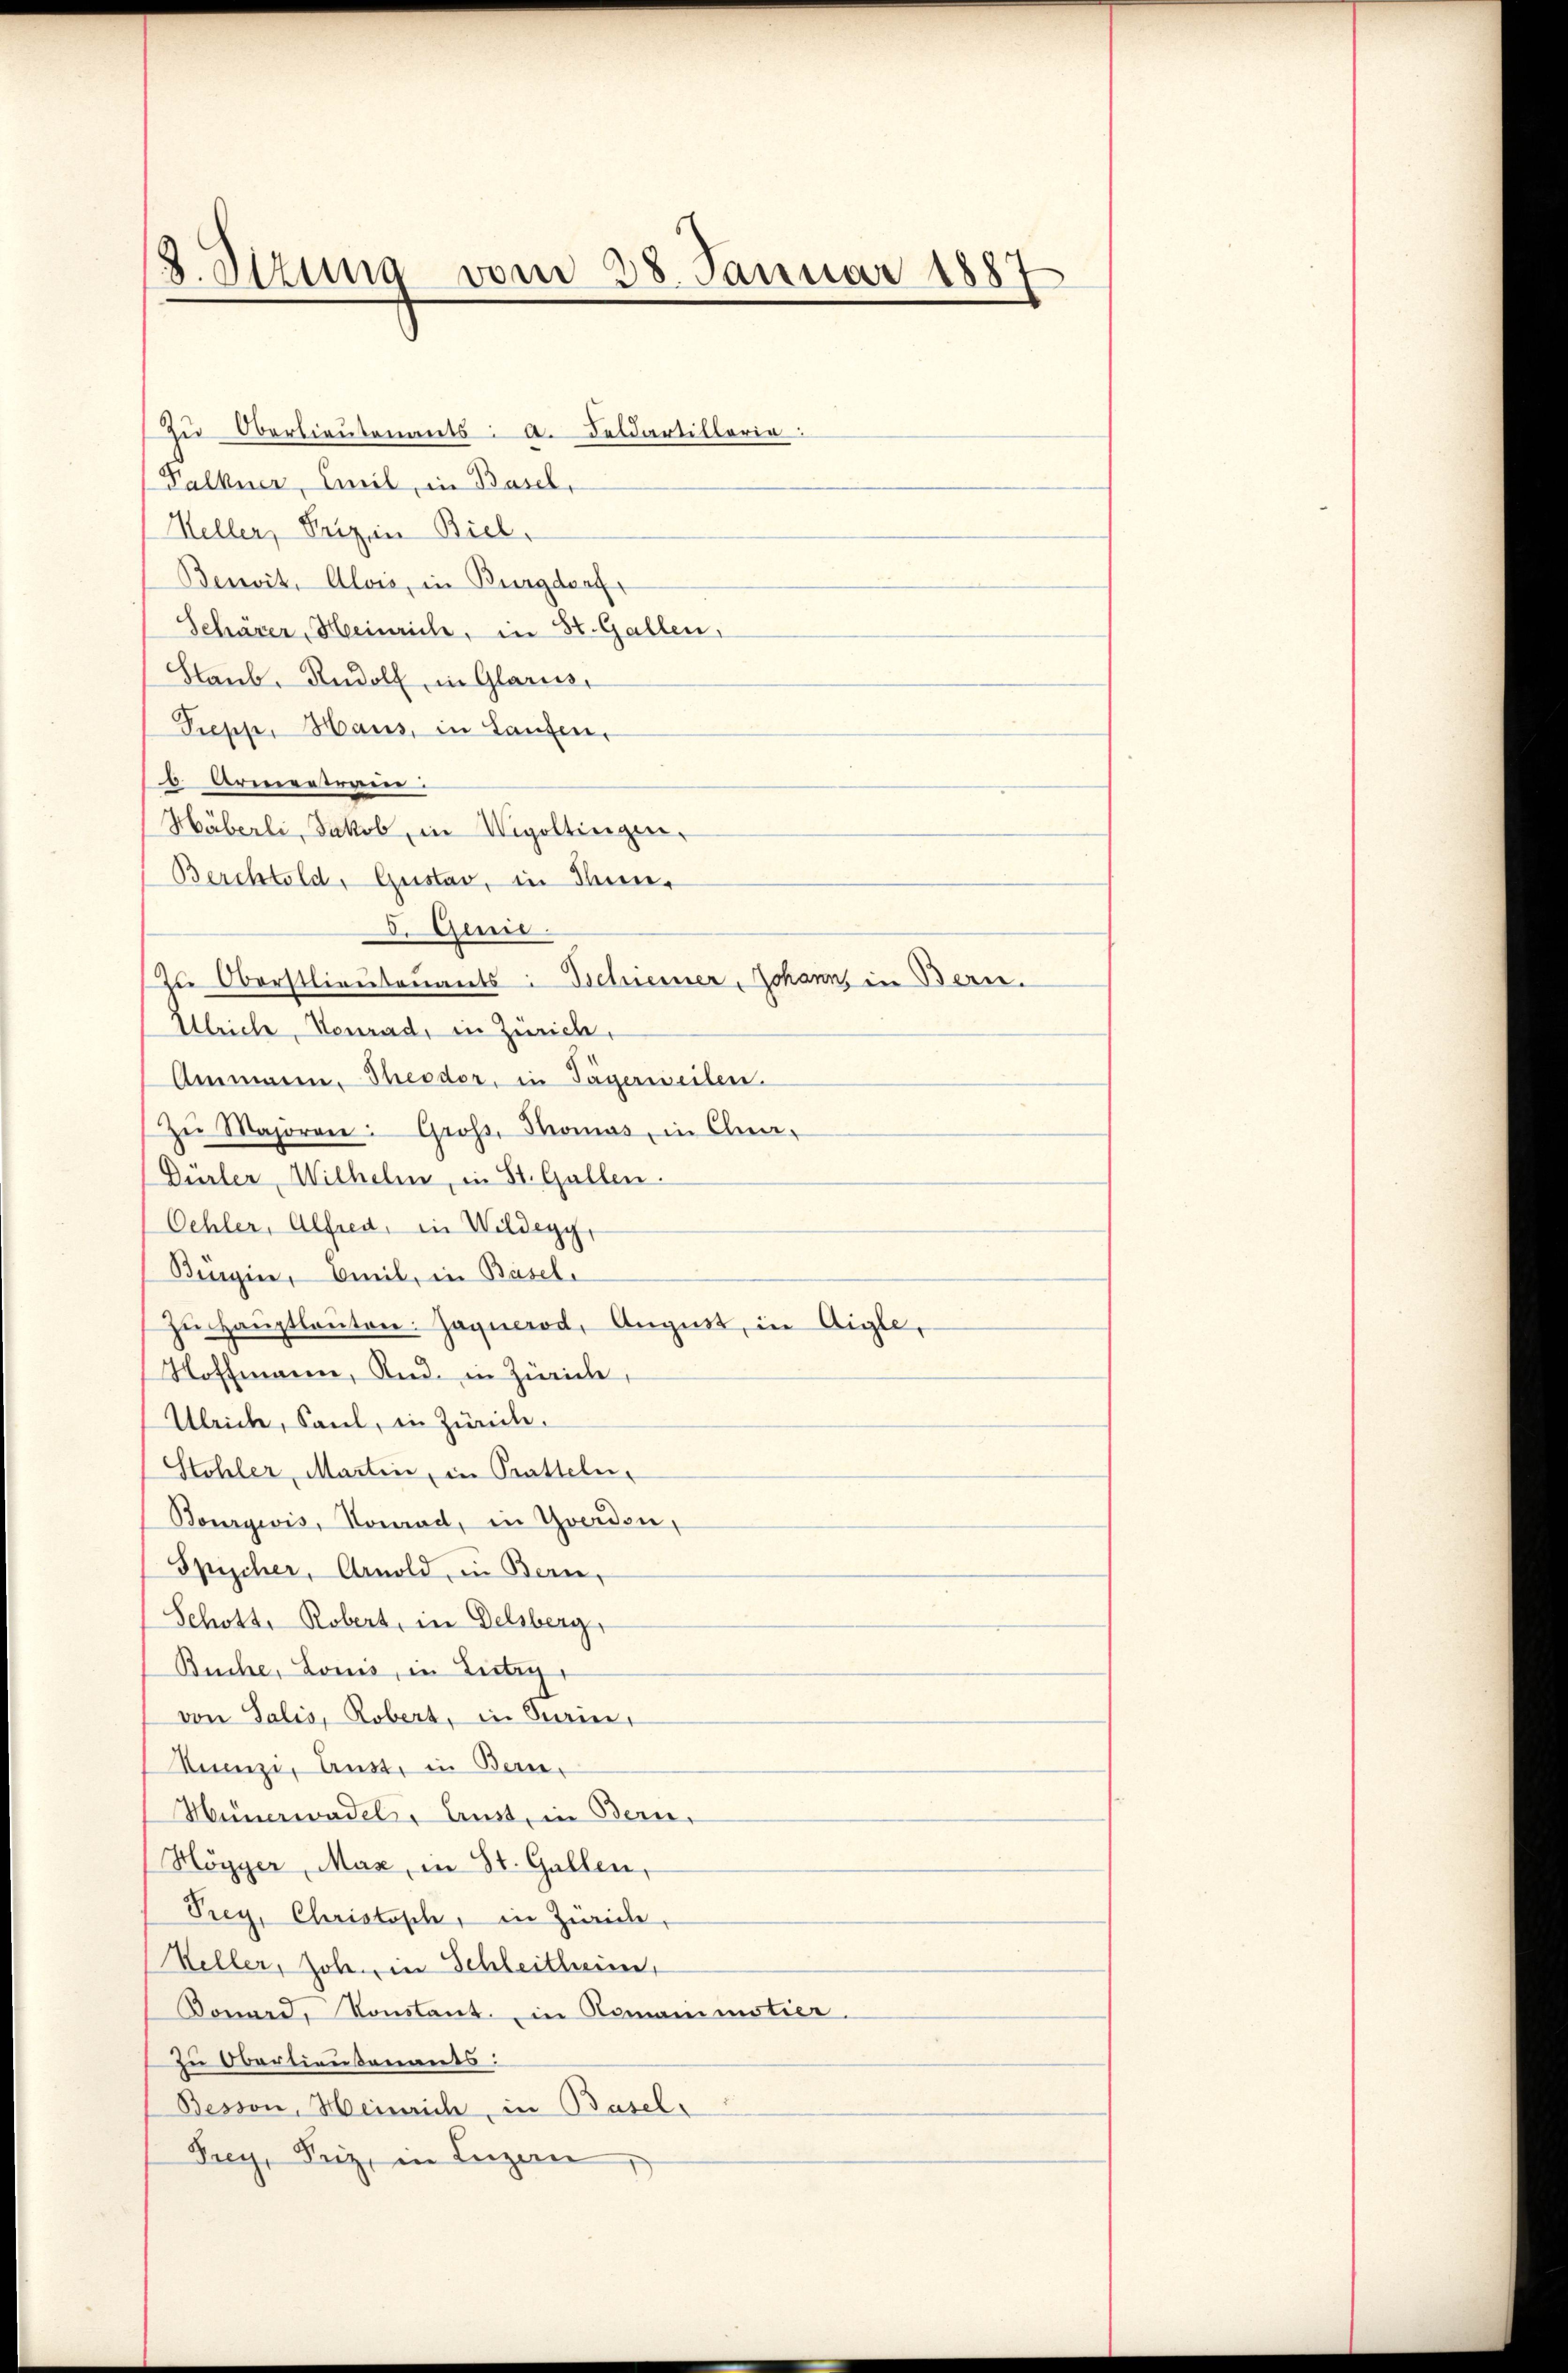
2. Stzung vom 28. Januar 1887

Zŭ Oberlieutenants: a. Deldartillerie:
Falkner, Emil, in Basel,
Heller, Prigen Biel,
Benwit. Alois, in Burgdorf
Schärer, Heinrich, in St. Gallen,
Staub, Rudolf, in Glarus,
Prepp, Haus, in Laufen,
b. Armenteren.
Häberli, Jakob, in Wigoltingen,
Berchtold, Gustav, in Thun,
3. Juni
Zu Oberstlieutenants: Tschiener Johann, in Bern.
Ulrich, Neurad, in Zürich,
Ammann. Theodor, in Tägerweilen.
Zŭ Majoren: Gross, Thomas, in Cha-
Dürler Wilhelm, in St. Gallen.
Oehler, Alfred, in Wildegg,
Beagier, beeil, in Basel
zŭ Haŭptlauten: Jagnerod, August, in Aigle,
Hoffmann, And. in Zürich,
Ulrich, Saul, in Zürich.
Stohler, Martin, in Pratteln,
Bourgivis, Konrad, in Yverden,
Spischer, Arnold, in Bern,
Schott, Robert, in Delsberg,
Buche, Louis, in Leitig
von Salis, Robert, in Bein
Senzi, Anst, in Bern.
Hünerwadel, Anst, in Bern,
Högger, Maz, in St. Gallen,
Prey, Christisch, in Zwicke,
Keller, Joh. in Schleitheim,
Konard, Konstant. in Romanimotier.
zu Obertieußenants:
Besson, Heinrich, in Basels
Frey, Seiz, in Luzern